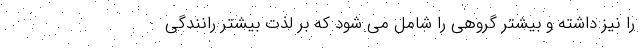
را نیز داشته و بیشتر گروهی را شامل می شود که بر لذت بیشتر رانندگی